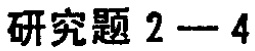
研究题 2---4